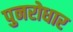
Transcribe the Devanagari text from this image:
पुनरोधार